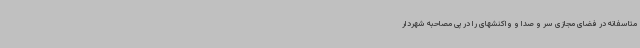
متاسفانه در فضای مجازی سر و صدا و واکنشهای را در پی مصاحبه شهردار